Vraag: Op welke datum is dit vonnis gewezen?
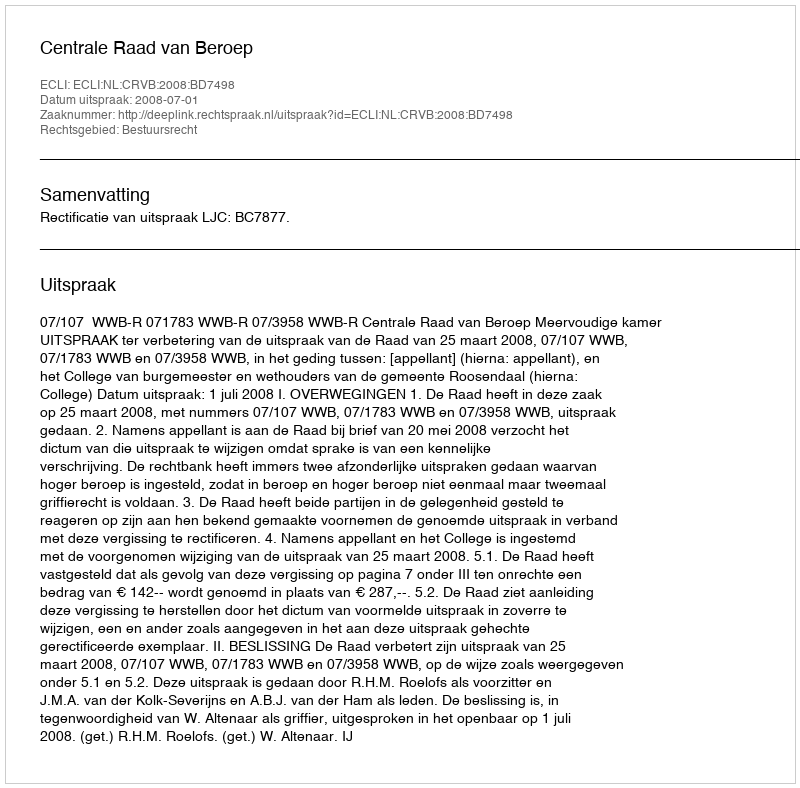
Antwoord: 2008-07-01